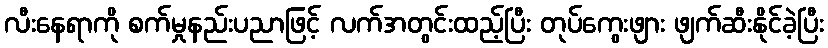
လီးနေရာကို စက်မှုနည်းပညာဖြင့် လက်အတွင်းထည့်ပြီး တုပ်ကွေးဖျား ဖျက်ဆီးနိုင်ခဲ့ပြီး